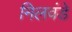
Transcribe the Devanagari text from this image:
निलवंडे